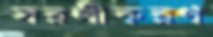
সরলীকরণ